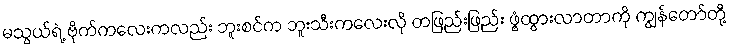
မသွယ်ရဲ့ ဗိုက်ကလေးကလည်း ဘူးစင်က ဘူးသီးကလေးလို တဖြည်းဖြည်း ဖွံ့ထွားလာတာကို ကျွန်တော်တို့